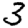
Digit: 3